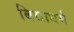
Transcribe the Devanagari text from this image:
बिद्याधर्म